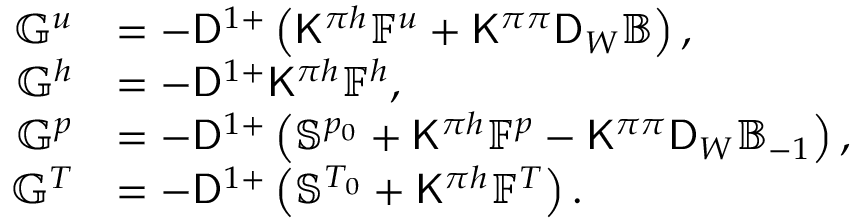
\begin{array} { r l } { \mathbb { G } ^ { u } } & { = - \mathsf { D } ^ { 1 + } \left( \mathsf { K } ^ { \pi h } \mathbb { F } ^ { u } + \mathsf { K } ^ { \pi \pi } \mathsf { D } _ { W } \mathbb { B } \right) , } \\ { \mathbb { G } ^ { h } } & { = - \mathsf { D } ^ { 1 + } \mathsf { K } ^ { \pi h } \mathbb { F } ^ { h } , } \\ { \mathbb { G } ^ { p } } & { = - \mathsf { D } ^ { 1 + } \left( \mathbb { S } ^ { p _ { 0 } } + \mathsf { K } ^ { \pi h } \mathbb { F } ^ { p } - \mathsf { K } ^ { \pi \pi } \mathsf { D } _ { W } \mathbb { B } _ { - 1 } \right) , } \\ { \mathbb { G } ^ { T } } & { = - \mathsf { D } ^ { 1 + } \left( \mathbb { S } ^ { T _ { 0 } } + \mathsf { K } ^ { \pi h } \mathbb { F } ^ { T } \right) . } \end{array}